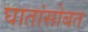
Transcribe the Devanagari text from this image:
घातांसोबत